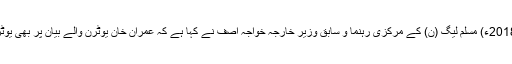
17 نومبر2018ء) مسلم لیگ (ن) کے مرکزی رہنما و سابق وزیر خارجہ خواجہ آصف نے کہا ہے کہ عمران خان یوٹرن والے بیان پر بھی یوٹرن لیں گے۔